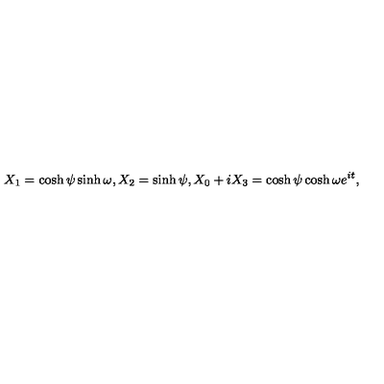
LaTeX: X _ { 1 } = \cosh \psi \sinh \omega , X _ { 2 } = \sinh \psi , X _ { 0 } + i X _ { 3 } = \cosh \psi \cosh \omega e ^ { i t } ,